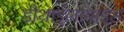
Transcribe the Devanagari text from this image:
डीथाईलामाइड